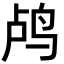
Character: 鸬